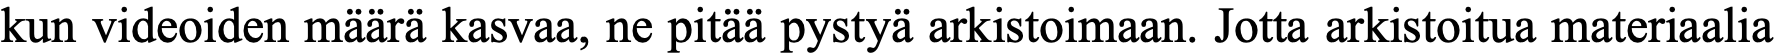
kun videoiden määrä kasvaa, ne pitää pystyä arkistoimaan. Jotta arkistoitua materiaalia